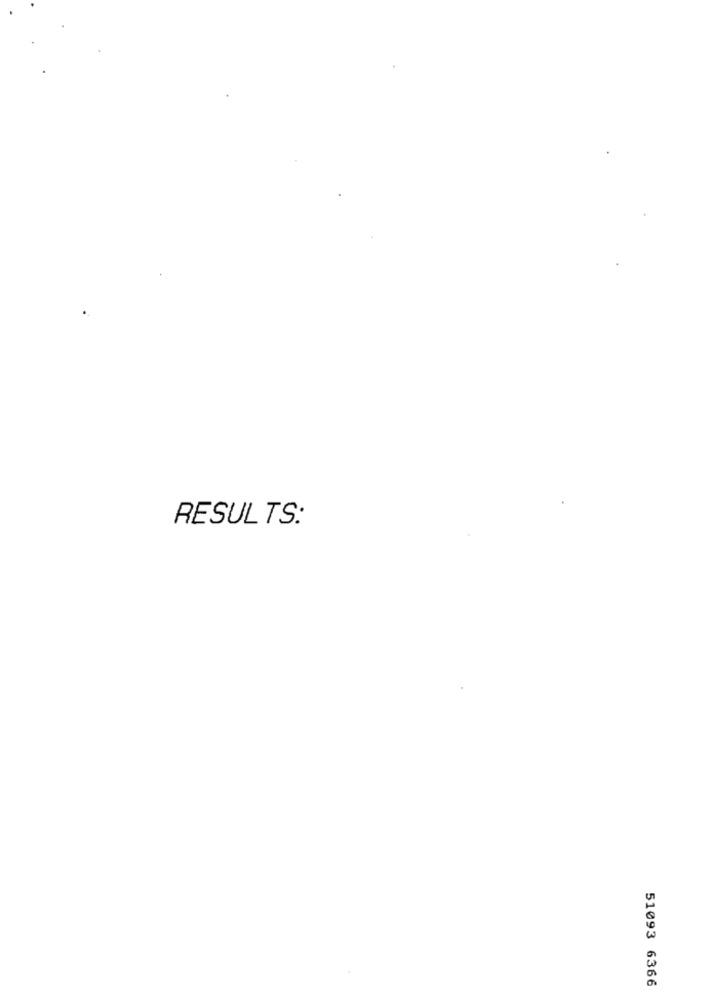
RESULTS:
51093 6366